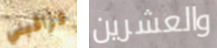
تراقبني والعشرين